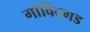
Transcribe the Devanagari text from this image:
गोविंदगड